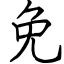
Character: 免